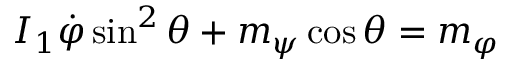
I _ { 1 } \dot { \varphi } \sin ^ { 2 } \theta + m _ { \psi } \cos \theta = m _ { \varphi }